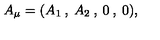
A _ { \mu } = ( A _ { 1 } \: , \: A _ { 2 } \: , \: 0 \: , \: 0 ) ,